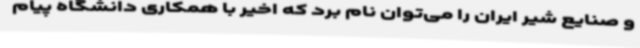
و صنایع شیر ایران را می‌توان نام برد که اخیر با همکاری دانشگاه پیام